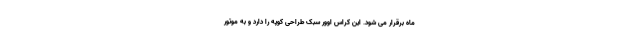
ماه برقرار می شود. این کراس اوور سبک طراحی کوپه را دارد و به موتور